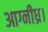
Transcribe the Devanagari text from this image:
आग्नीध्र।